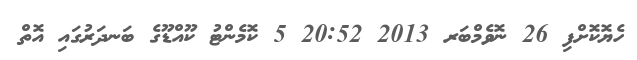
ހެޔޮކޮށްފި 26 ނޮވެމްބަރ 2013 20:52 5 ކޮމެންޓު ކޫއްޑޫގެ ބަނދަރުގައި އޮތް